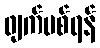
ဖျက်ပစ်ရန်